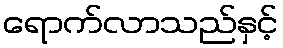
ရောက်လာသည်နှင့်